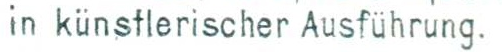
in kunstlerischer Ausfuhrung.